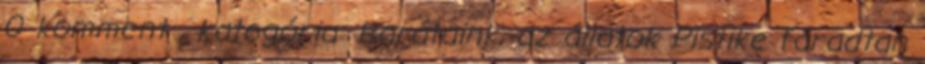
0 komment , kategória: Barátaink, az állatok Pistike fáradtan